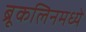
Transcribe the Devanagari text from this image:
ब्रूकलिनमध्ये